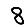
Digit: 8